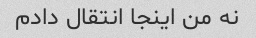
نه من اینجا انتقال دادم